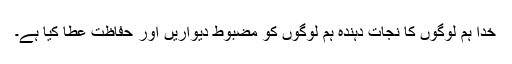
خدا ہم لوگوں کا نجات دہندہ ہم لوگوں کو مضبوط دیواریں اور حفاظت عطا کیا ہے۔